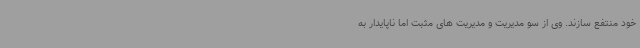
خود منتفع سازند. وی از سو مدیریت و مدیریت های مثبت اما ناپایدار به